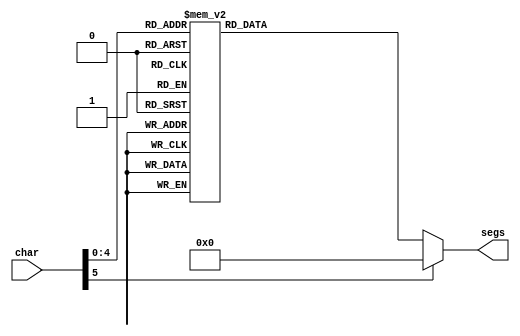
/*
   This file was generated automatically by the Mojo IDE version B1.3.6.
   Do not edit this file directly. Instead edit the original Lucid source.
   This is a temporary file and any changes made to it will be destroyed.
*/

module seven_seg_10 (
    input [5:0] char,
    output reg [6:0] segs
  );
  
  
  
  always @* begin
    
    case (char)
      1'h0: begin
        segs = 7'h3f;
      end
      1'h1: begin
        segs = 7'h06;
      end
      2'h2: begin
        segs = 7'h5b;
      end
      2'h3: begin
        segs = 7'h4f;
      end
      3'h4: begin
        segs = 7'h66;
      end
      3'h5: begin
        segs = 7'h6d;
      end
      3'h6: begin
        segs = 7'h7d;
      end
      3'h7: begin
        segs = 7'h07;
      end
      4'h8: begin
        segs = 7'h7f;
      end
      4'h9: begin
        segs = 7'h6f;
      end
      4'ha: begin
        segs = 7'h77;
      end
      4'hb: begin
        segs = 7'h7c;
      end
      4'hc: begin
        segs = 7'h39;
      end
      4'hd: begin
        segs = 7'h5e;
      end
      4'he: begin
        segs = 7'h79;
      end
      4'hf: begin
        segs = 7'h71;
      end
      5'h10: begin
        segs = 7'h5d;
      end
      5'h11: begin
        segs = 7'h76;
      end
      5'h12: begin
        segs = 7'h11;
      end
      5'h13: begin
        segs = 7'h0e;
      end
      5'h14: begin
        segs = 7'h78;
      end
      5'h15: begin
        segs = 7'h38;
      end
      default: begin
        segs = 7'h00;
      end
    endcase
  end
endmodule